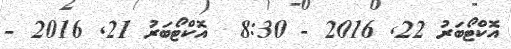
އޮކްޓޯބަރު 22